Problem: 6 × 2 = ?
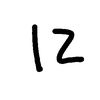
Handwritten answer: 12